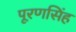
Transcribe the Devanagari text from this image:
पूरणसिंह